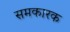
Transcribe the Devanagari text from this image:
समकारक